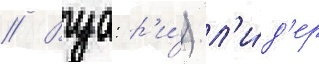
// Вуа: р'и́) л'и́д'ер